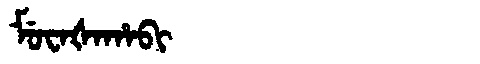
Manchu: ᠮᡠᠸᠠᡧᠠᡥᠠᠪᡳ
Romanization: MUWAŠAHABI